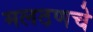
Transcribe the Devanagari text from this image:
मलठणचे